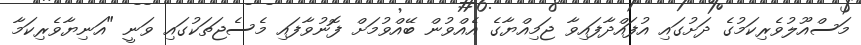
މަސްއޫލުވެރިކަމުގެ ދަށުގައި އުފައްދާފައިވާ ޖަމިއްޔާގެ އެއްވުން ބޭއްވުމަށް ފޮނުވާފައި މެސެޖަތަކުގައި ވަނީ "އަނިޔާވެރިކަމާ